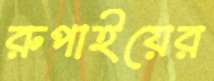
রুপাইয়ের